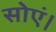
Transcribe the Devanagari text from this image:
सोएं।